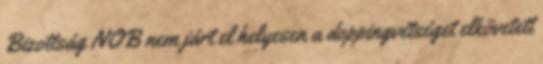
Bizottság NOB nem járt el helyesen a doppingvétséget elkövetett